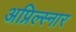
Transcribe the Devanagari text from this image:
अप्रिल्स्नार